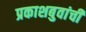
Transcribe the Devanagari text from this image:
प्रकाशबुवांची